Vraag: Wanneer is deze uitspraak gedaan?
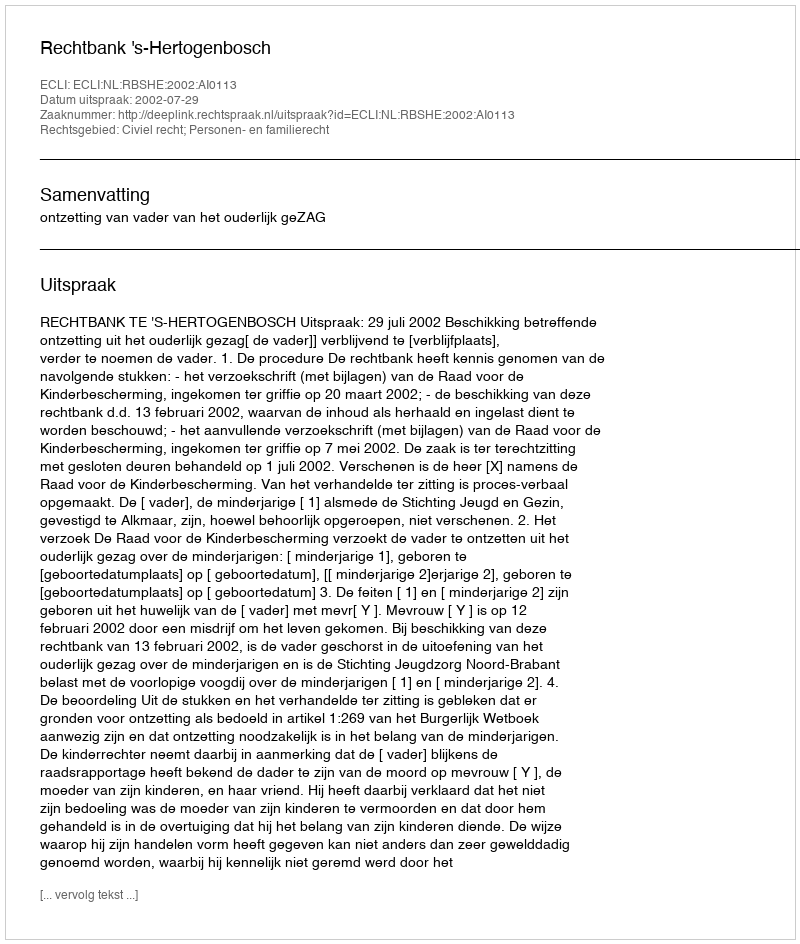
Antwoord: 2002-07-29